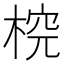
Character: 𣔛